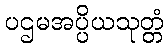
ပဌမအပ္ပိယသုတ္တံ